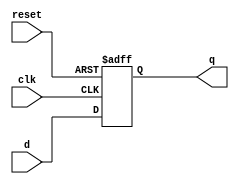
module sync_reset_ff(
  input wire clk,
  input wire reset,
  input wire d,
  output reg q
);

always @(posedge clk or negedge reset) begin
  if (reset == 0) begin
    q <= 0;
  end else begin
    q <= d;
  end
end

endmodule